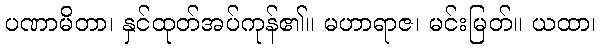
ပဏာမိတာ၊ နှင်ထုတ်အပ်ကုန်၏။ မဟာရာဇ၊ မင်းမြတ်။ ယထာ၊